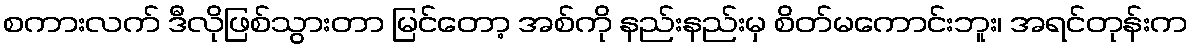
စကားလက် ဒီလိုဖြစ်သွားတာ မြင်တော့ အစ်ကို နည်းနည်းမှ စိတ်မကောင်းဘူး၊ အရင်တုန်းက